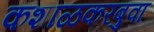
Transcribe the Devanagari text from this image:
कशाळकरबुवा